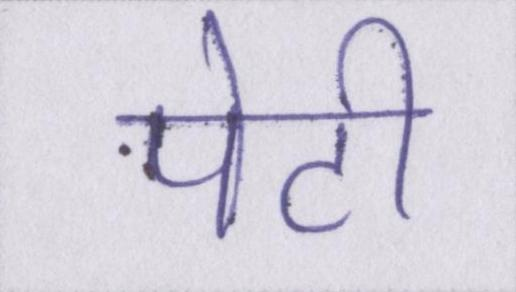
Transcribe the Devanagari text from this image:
पेटी